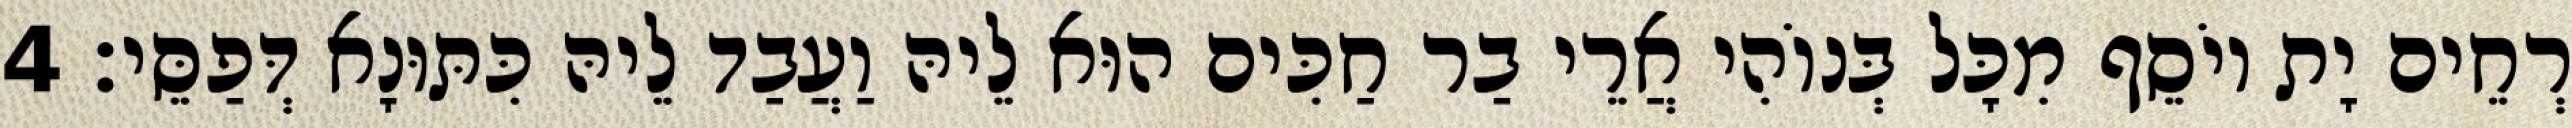
רְחֵים יָת יוֹסֵף מִכָּל בְּנוֹהִי אֲרֵי בַר חַכִּים הוּא לֵיהּ וַעֲבַד לֵיהּ כִּתּוּנָא דְּפַסֵּי׃ 4